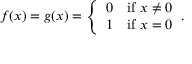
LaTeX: f ( x ) = g ( x ) = { \left\{ \begin{array} { l l } { 0 } & { { \mathrm { i f ~ } } x \neq 0 } \\ { 1 } & { { \mathrm { i f ~ } } x = 0 } \end{array} \right. } .